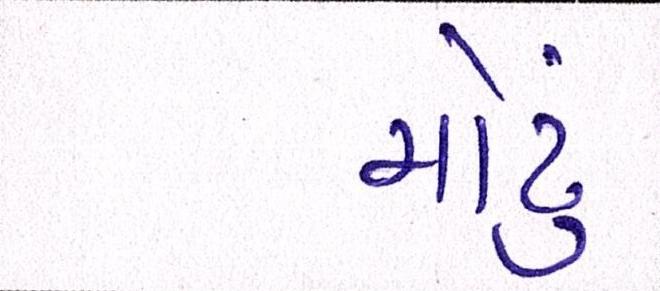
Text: મોટું